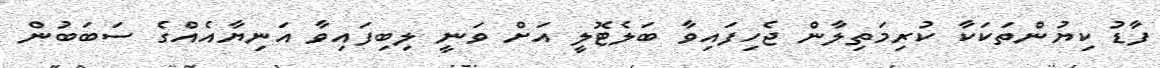
ފާޑު ކިޔުންތަކަކާ ކުރިމަތިލާން ޖެހިފައިވާ ބަލެޓޮލީ އަށް ވަނީ ލިބިފައިވާ އަނިޔާއެއްގެ ސަބަބުން